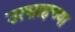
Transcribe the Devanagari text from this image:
उत्साहच्या